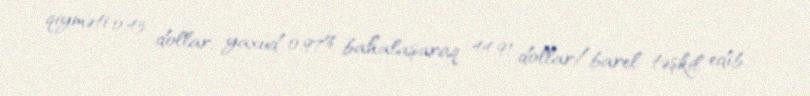
qiyməti 0,43 dollar, yaxud 0,97% bahalaşaraq 44,91 dollar/barel təşkil edib.